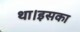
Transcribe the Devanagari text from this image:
था।इसका